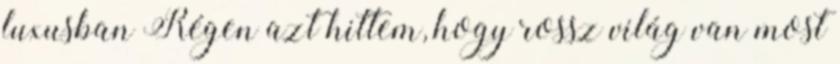
luxusban Régen azt hittem, hogy rossz világ van most